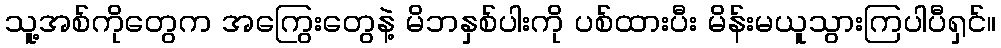
သူ့အစ်ကိုတွေက အကြွေးတွေနဲ့ မိဘနှစ်ပါးကို ပစ်ထားပီး မိန်းမယူသွားကြပါပီရှင်။